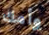
وأمك